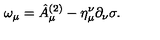
\omega _ { \mu } = \hat { A } _ { \mu } ^ { ( 2 ) } - \eta _ { \mu } ^ { \nu } \partial _ { \nu } \sigma .